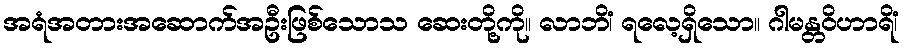
အရံအတားအဆောက်အဦးဖြစ်သောသ ဆေးတို့ကို။ လာဘိံ၊ ရလေ့ရှိသော။ ဂါမန္တဝိဟာရိံ၊